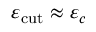
\varepsilon _ { \mathrm { c u t } } \approx \varepsilon _ { c }